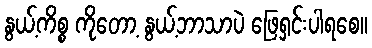
နွယ့်ကိစ္စ ကိုတော့ နွယ့်ဘာသာပဲ ဖြေရှင်းပါရစေ။